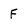
Character: F